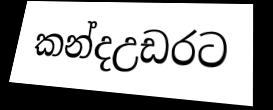
කන්දඋඩරට